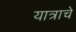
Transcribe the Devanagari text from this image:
यात्राचे